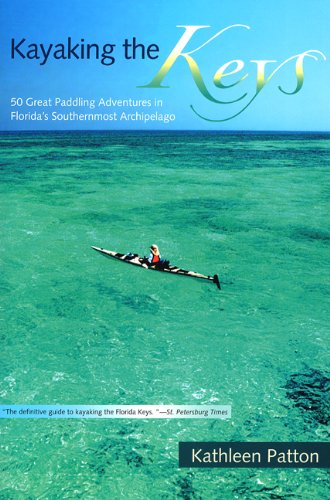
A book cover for Kayaking the Keys: 50 Great Paddling Adventures in Florida's Southernmost Archipelago; Kathleen Patton; Sports & Outdoors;